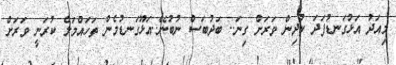
މިއަދު އަޅުގަނޑުފަދަ ކުދިން ވަރަށް ގިނަ.. ބަދުބަސް ނުބުނޭ..އަޅޫގަނޑުމެން ތަހައްމަލް ކުރަނީ ވަރަށް